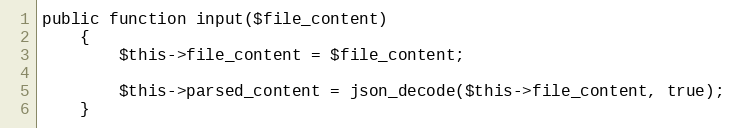
Language: PHP
public function input($file_content)
    {
        $this->file_content = $file_content;

        $this->parsed_content = json_decode($this->file_content, true);
    }